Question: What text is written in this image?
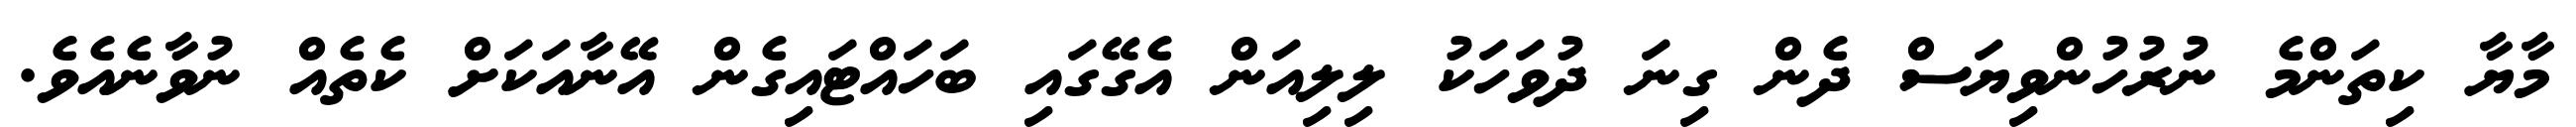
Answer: މާޔާ ކިތަންމެ ނުރުހުންވިޔަސް ދެން ގިނަ ދުވަހަކު ލިލިއަން އެގޭގައި ބަހައްޓައިގެން އޭނާއަކަށް ކެތެއް ނުވާނެއެވެ.